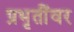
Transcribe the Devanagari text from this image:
प्रभृतींवर